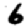
Digit: 6